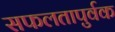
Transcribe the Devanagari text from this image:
सफलतापुर्वक